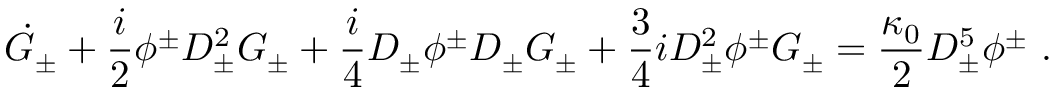
\dot { G } _ { \pm } + \frac { i } { 2 } \phi ^ { \pm } D _ { \pm } ^ { 2 } G _ { \pm } + \frac { i } { 4 } D _ { \pm } \phi ^ { \pm } D _ { \pm } G _ { \pm } + \frac { 3 } { 4 } i D _ { \pm } ^ { 2 } \phi ^ { \pm } G _ { \pm } = \frac { \kappa _ { 0 } } { 2 } D _ { \pm } ^ { 5 } \phi ^ { \pm } ~ .